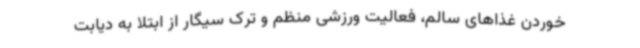
خوردن غذاهای سالم، فعالیت ورزشی منظم و ترک سیگار از ابتلا به دیابت